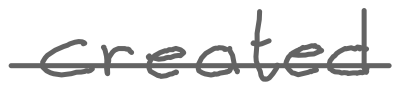
Text: created
Cross-out: single-line
Writing tool: digital_gray